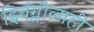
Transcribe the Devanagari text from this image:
झ्विंग्लीलाही